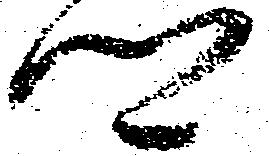
郷